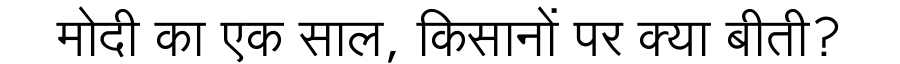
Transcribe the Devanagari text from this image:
मोदी का एक साल, किसानों पर क्या बीती?